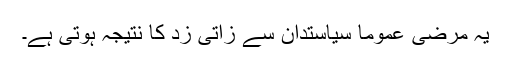
یہ مرضی عموماً سیاستدان سے زاتی زد کا نتیجہ ہوتی ہے۔